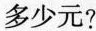
多少元?